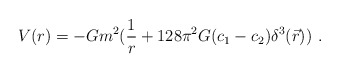
\begin{align*}V(r)= -G m^2 ({1\over r}+128\pi^2G(c_1 - c_2)\delta^3(\vec{r}))~.\end{align*}